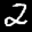
Label: 2